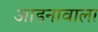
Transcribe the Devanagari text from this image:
आडनावाला